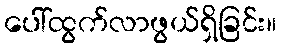
ပေါ်ထွက်လာဖွယ်ရှိခြင်း။